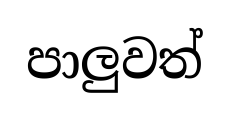
පාලුවත්